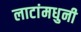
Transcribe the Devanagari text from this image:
लाटांमधुनी